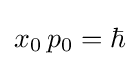
x_{0}\,p_{0}=\hbar